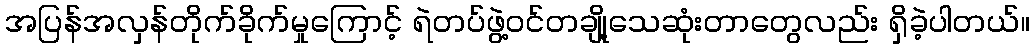
အပြန်အလှန်တိုက်ခိုက်မှုကြောင့် ရဲတပ်ဖွဲ့ဝင်တချို့သေဆုံးတာတွေလည်း ရှိခဲ့ပါတယ်။